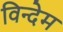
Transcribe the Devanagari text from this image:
विन्देम